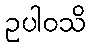
ဥပါဝသိ